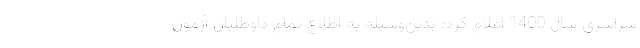
سراسری سال 1400 اعلام کرد: بدین‌وسیله به اطلاع تمام داوطلبان آزمون